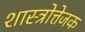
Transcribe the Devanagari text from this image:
शास्त्रोत्तेजक